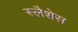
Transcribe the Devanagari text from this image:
स्लैशेस